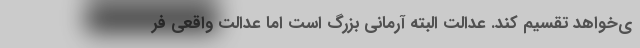
ی‌خواهد تقسیم کند. عدالت البته آرمانی بزرگ است اما عدالت واقعی فر